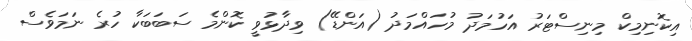
އިކޮނިމިކް މިނިސްޓަރު އަހުމަދު މުހައްމަދު (އަންޑޭ) ވިދާޅުވީ ކޮންމެ ސަބަބަކާ ހުރެ ނަމަވެސް